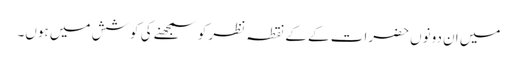
میں ان دونوں حضرات کے کے نقطہ نظر کو سمجھنے کی کوشش میں ہوں۔